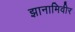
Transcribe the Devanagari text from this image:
झानामिवीर